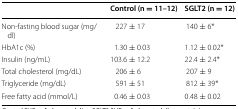
<table><thead><tr><td></td><td><b>Control (n = 11–12)</b></td><td><b>SGLT2 (n = 12)</b></td></tr></thead><tbody><tr><td>Non-fasting blood sugar (mg/dl)</td><td>227 ± 17</td><td>140 ± 6*</td></tr><tr><td>HbA1c (%)</td><td>1.30 ± 0.03</td><td>1.12 ± 0.02*</td></tr><tr><td>Insulin (ng/mL)</td><td>103.6 ± 12.2</td><td>22.4 ± 2.4*</td></tr><tr><td>Total cholesterol (mg/dL)</td><td>206 ± 6</td><td>207 ± 9</td></tr><tr><td>Triglyceride (mg/dL)</td><td>591 ± 51</td><td>812 ± 39*</td></tr><tr><td>Free fatty acid (mmol/L)</td><td>0.46 ± 0.03</td><td>0.48 ± 0.02</td></tr></tbody></table>